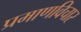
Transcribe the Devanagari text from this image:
प्रमाणविचार